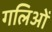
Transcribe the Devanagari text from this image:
गलिओं